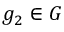
g _ { 2 } \in G